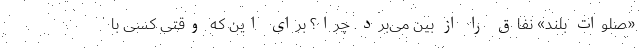
«صلوات بلند‌» نفاق را از بین می‌برد. چرا؟ برای این که وقتی کسی با